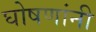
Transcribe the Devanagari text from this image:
घोषणांनी